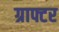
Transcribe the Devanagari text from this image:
ग्राफ्टर